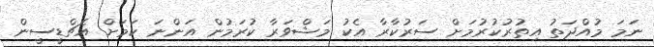
ނަމަ މުއްދަތު އިތުރުކުރުމަށް ސަރުކާރާ އެކު މަޝްވަރާ ކުރަމުން އަންނަ ކަމަށް އެޗްޑީސީން